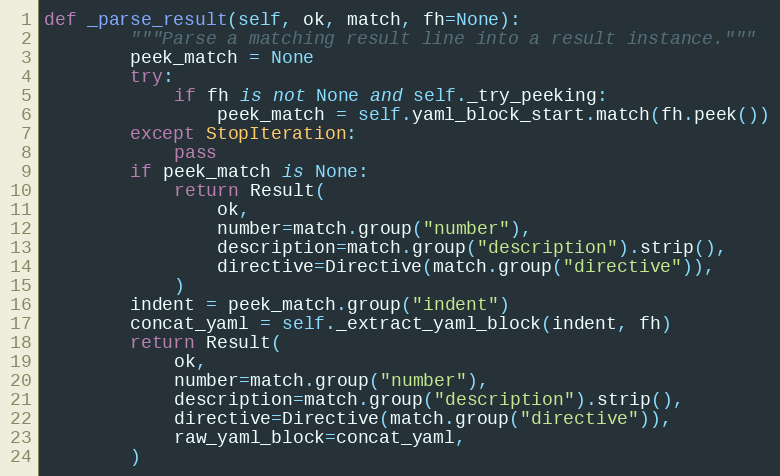
Language: Python
def _parse_result(self, ok, match, fh=None):
        """Parse a matching result line into a result instance."""
        peek_match = None
        try:
            if fh is not None and self._try_peeking:
                peek_match = self.yaml_block_start.match(fh.peek())
        except StopIteration:
            pass
        if peek_match is None:
            return Result(
                ok,
                number=match.group("number"),
                description=match.group("description").strip(),
                directive=Directive(match.group("directive")),
            )
        indent = peek_match.group("indent")
        concat_yaml = self._extract_yaml_block(indent, fh)
        return Result(
            ok,
            number=match.group("number"),
            description=match.group("description").strip(),
            directive=Directive(match.group("directive")),
            raw_yaml_block=concat_yaml,
        )